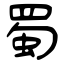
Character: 蜀